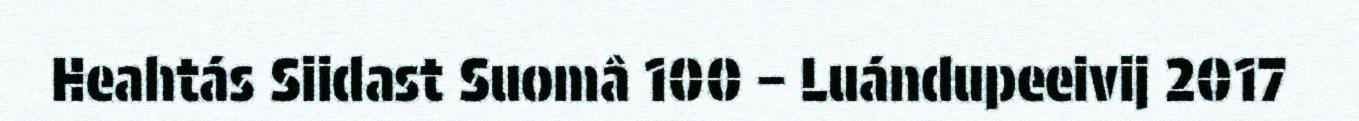
Heahtás Siidast Suomâ 100 – Luándupeeivij 2017